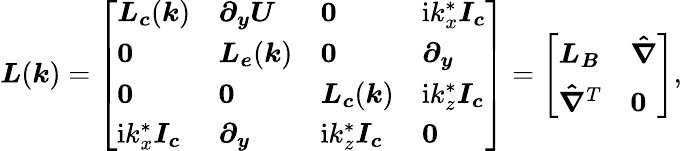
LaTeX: \boldsymbol{L}(\boldsymbol{\mathit{k}})=\left[\begin{array}{llll}{\boldsymbol{L_{c}}(\boldsymbol{k})}&{\boldsymbol{\partial_{y}U}}&{\boldsymbol{0}}&{\mathrm{i}k_{x}^{*}\boldsymbol{I_{c}}}\\ {\boldsymbol{0}}&{\boldsymbol{L_{e}}(\boldsymbol{k})}&{\boldsymbol{0}}&{\boldsymbol{\partial_{y}}}\\ {\boldsymbol{0}}&{\boldsymbol{0}}&{\boldsymbol{L_{c}}(\boldsymbol{k})}&{\mathrm{i}k_{z}^{*}\boldsymbol{I_{c}}}\\ {\mathrm{i}k_{x}^{*}\boldsymbol{I_{c}}}&{\boldsymbol{\partial_{y}}}&{\mathrm{i}k_{z}^{*}\boldsymbol{I_{c}}}&{\boldsymbol{0}}\end{array}\right]=\left[\begin{array}{ll}{\boldsymbol{L_{B}}}&{\boldsymbol{\hat{\nabla}}}\\ {\boldsymbol{\hat{\nabla}}^{T}}&{\boldsymbol{0}}\end{array}\right],